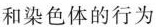
和染色体的行为